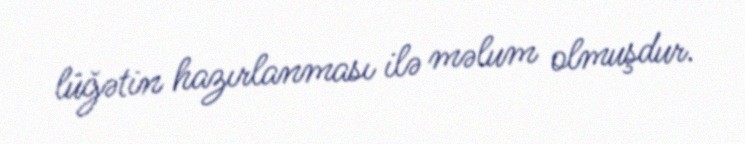
lüğətin hazırlanması ilə məlum olmuşdur.